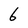
Character: 6